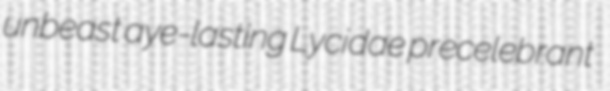
unbeast aye-lasting Lycidae precelebrant